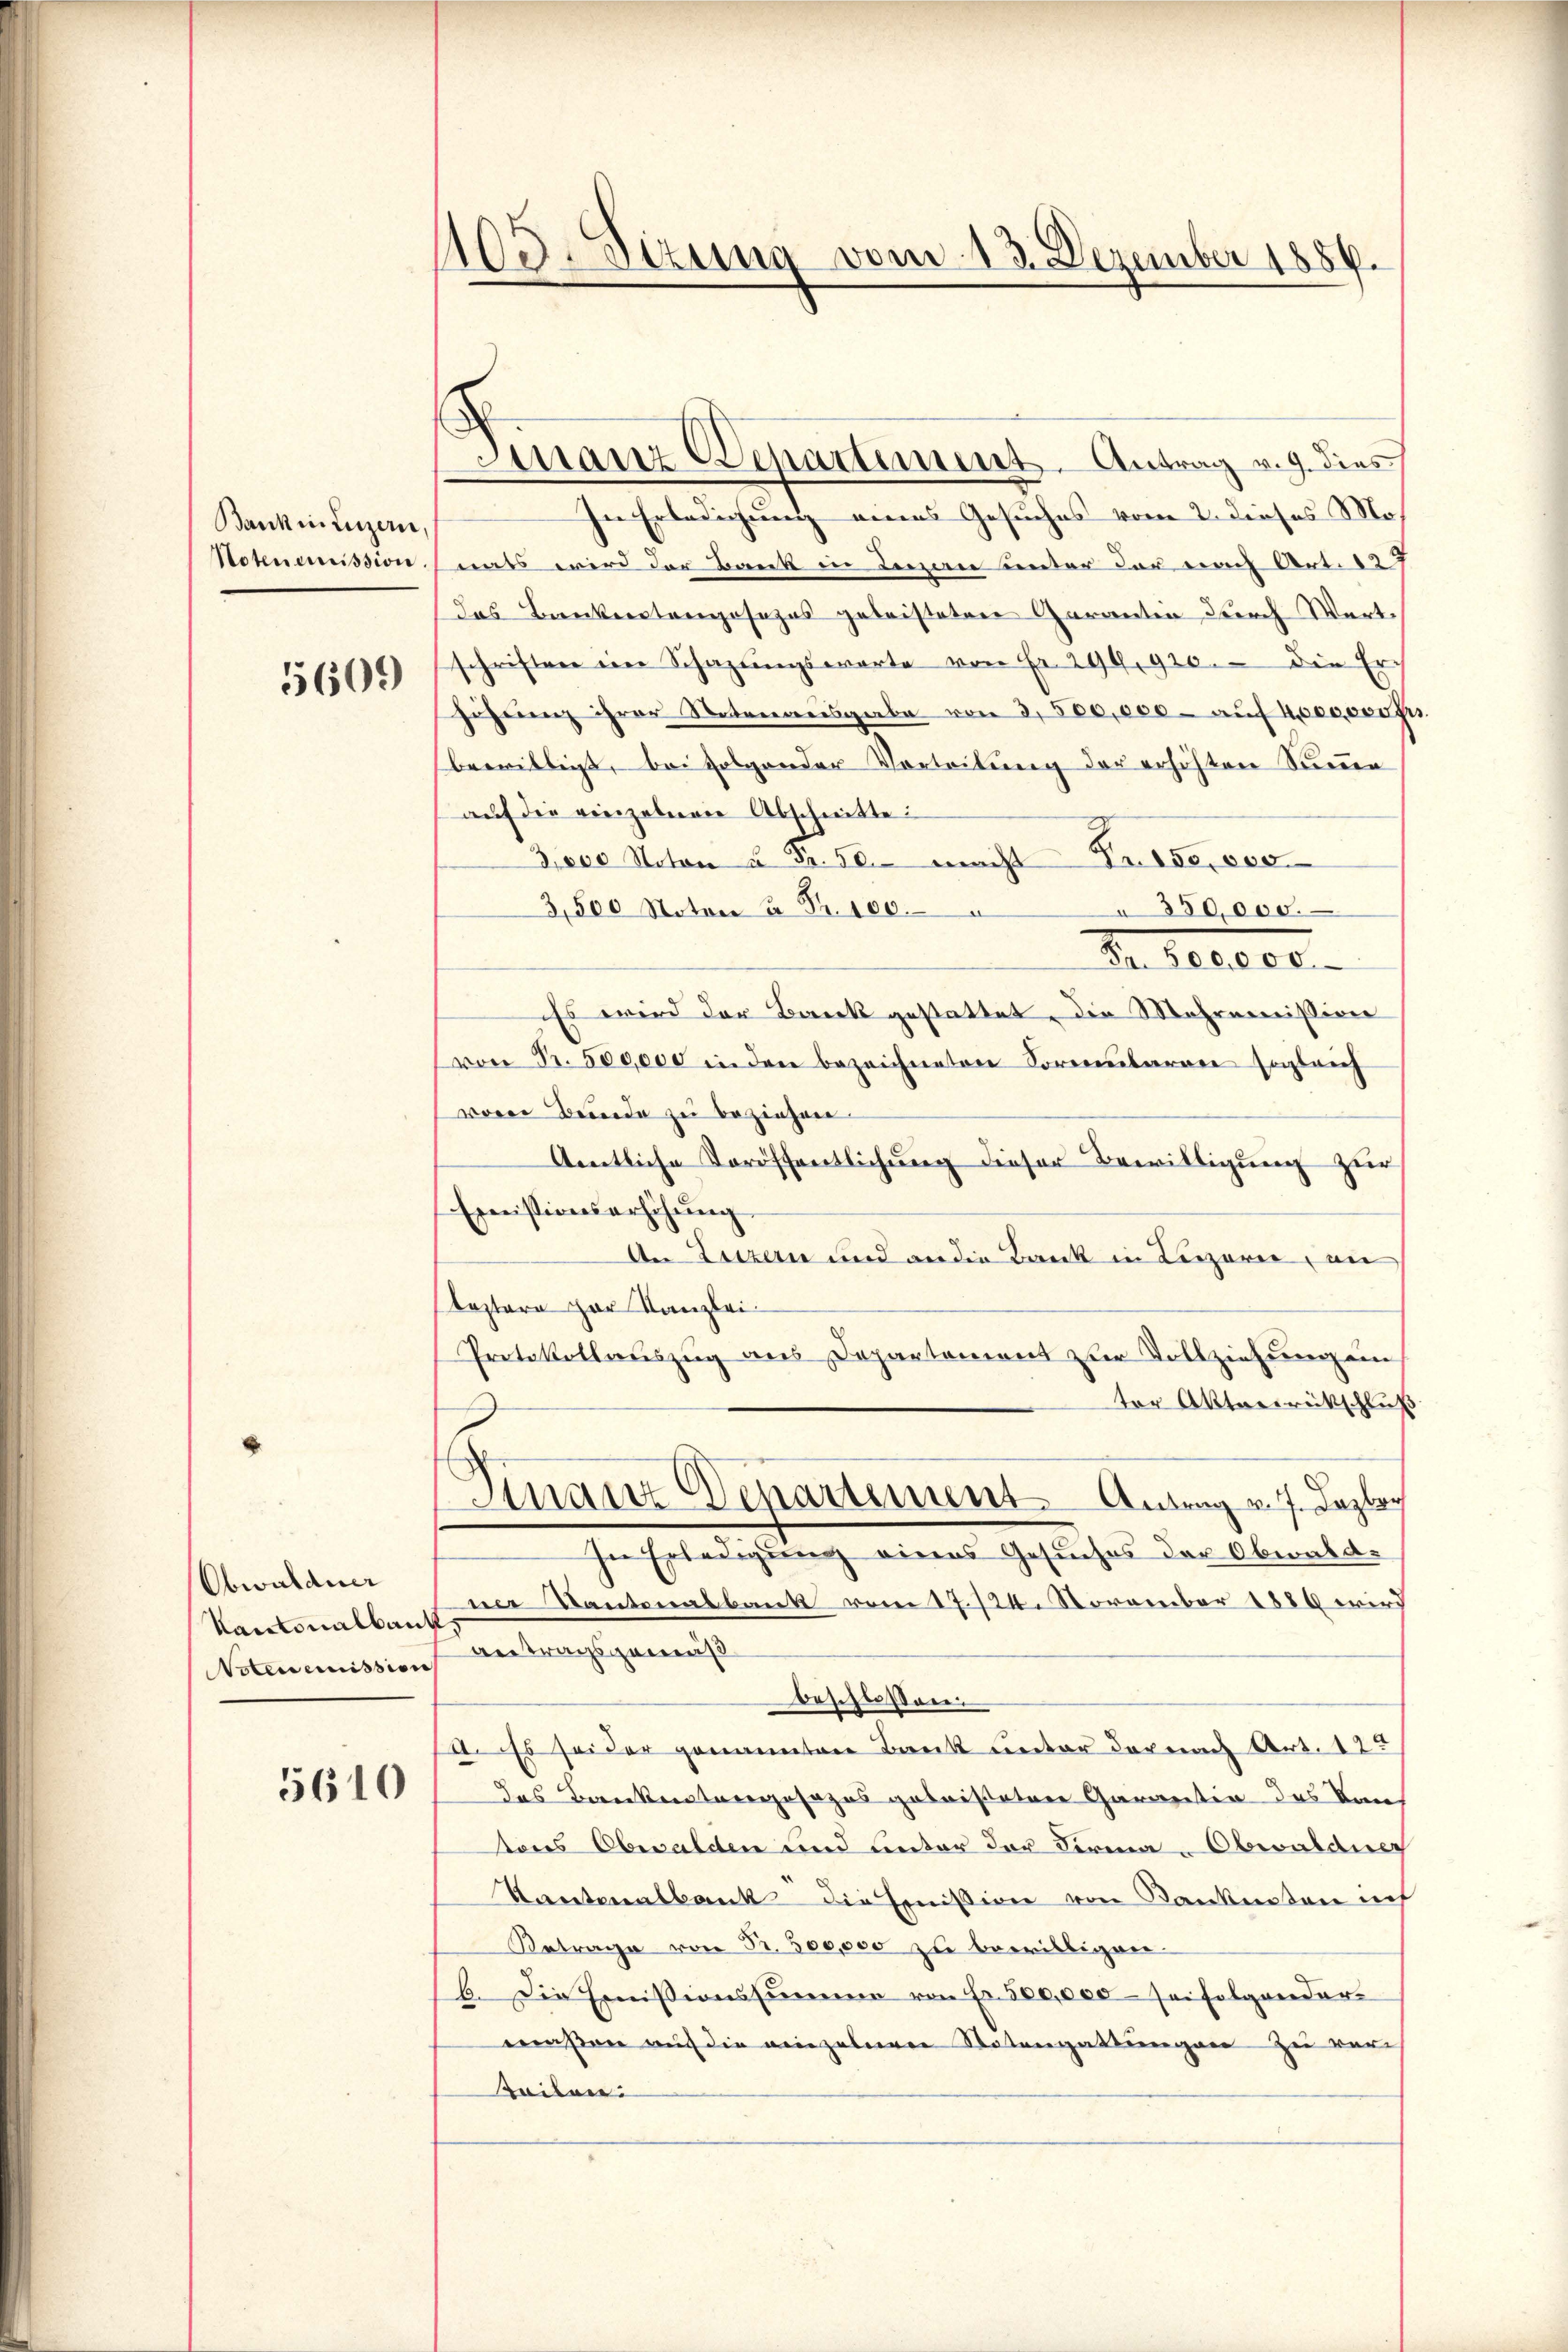
Bankin Luzern,
Notenemission.

5609

Obwaldner
NNoteremission

5610

1103. Sizung vom 13. Dezember 1889.

Manz Departement. Antrag v. 9. dies

In Erledigung eines Gesuches vom 2. dieses Mo
nats wird der Bank in Lenau unter der nach Art. 127
das Bankerstangesezes geleisteten Garantin durch Wert
schriften ein Schazungsworte von Fr. 299, 920. die Erhöhŭng ihrer Notenausgabe von 3,500,000 - auf 4,000,000 fr.
bewilligt, bei folgender Vorteilung der erhöhten Summen
aŭf die einzelnen Abschnitte:
3,000 Noton u Fr. 50. macht Troso, 000
3,500 Noten u. Fr. 100. " " 350,000.
de desser
Es wird der Barck gestattet, die Mehremission
von Fr. 500,000 in den bezeichneten Formenbarrer sogleich
woren Berede zu beziehen.
Amtliche Veröffentlichung dieser Bewilligung zur
Einistionserhöhung
An Luzern und an die Bank in Liegerie in
leztere zur Kanzlei-
Protokollauszug aus Departement zur Vollziehung ein
ter Aktenrückschluß
Finanz Venartement Antrag v. 7. Dezlac
hen Erledigung eines Gesuchen der Oberalit
Kantonalbes Kantonalbank vom 17./24. November 1886 wird
antragsgemäß
beschlossen:
s. Es sei der genannten Bank unter der nach Art. 12
das Bankentangesezes geleisteten Garantin des Kaus
tons Oberalden und unter der Firma - Obwaldung
Kantonalbank die Emission von Kanknoten ich
Betrage von Fr. 500,000 zu bewilligen.
b. Die Emissionssumme von Fr. 500,000 - sei folgender
maßen auf die einzelerer Notengattungen zu ver-
Zeilen: